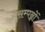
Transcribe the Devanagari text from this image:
सुसम्पन्नों